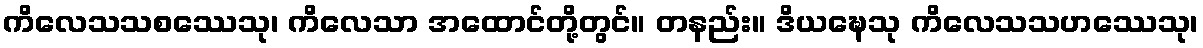
ကိလေသသစဿေသု၊ ကိလေသာ အထောင်တို့တွင်။ တနည်း။ ဒိယဍ္ဎေသု ကိလေသသဟဿေသု၊